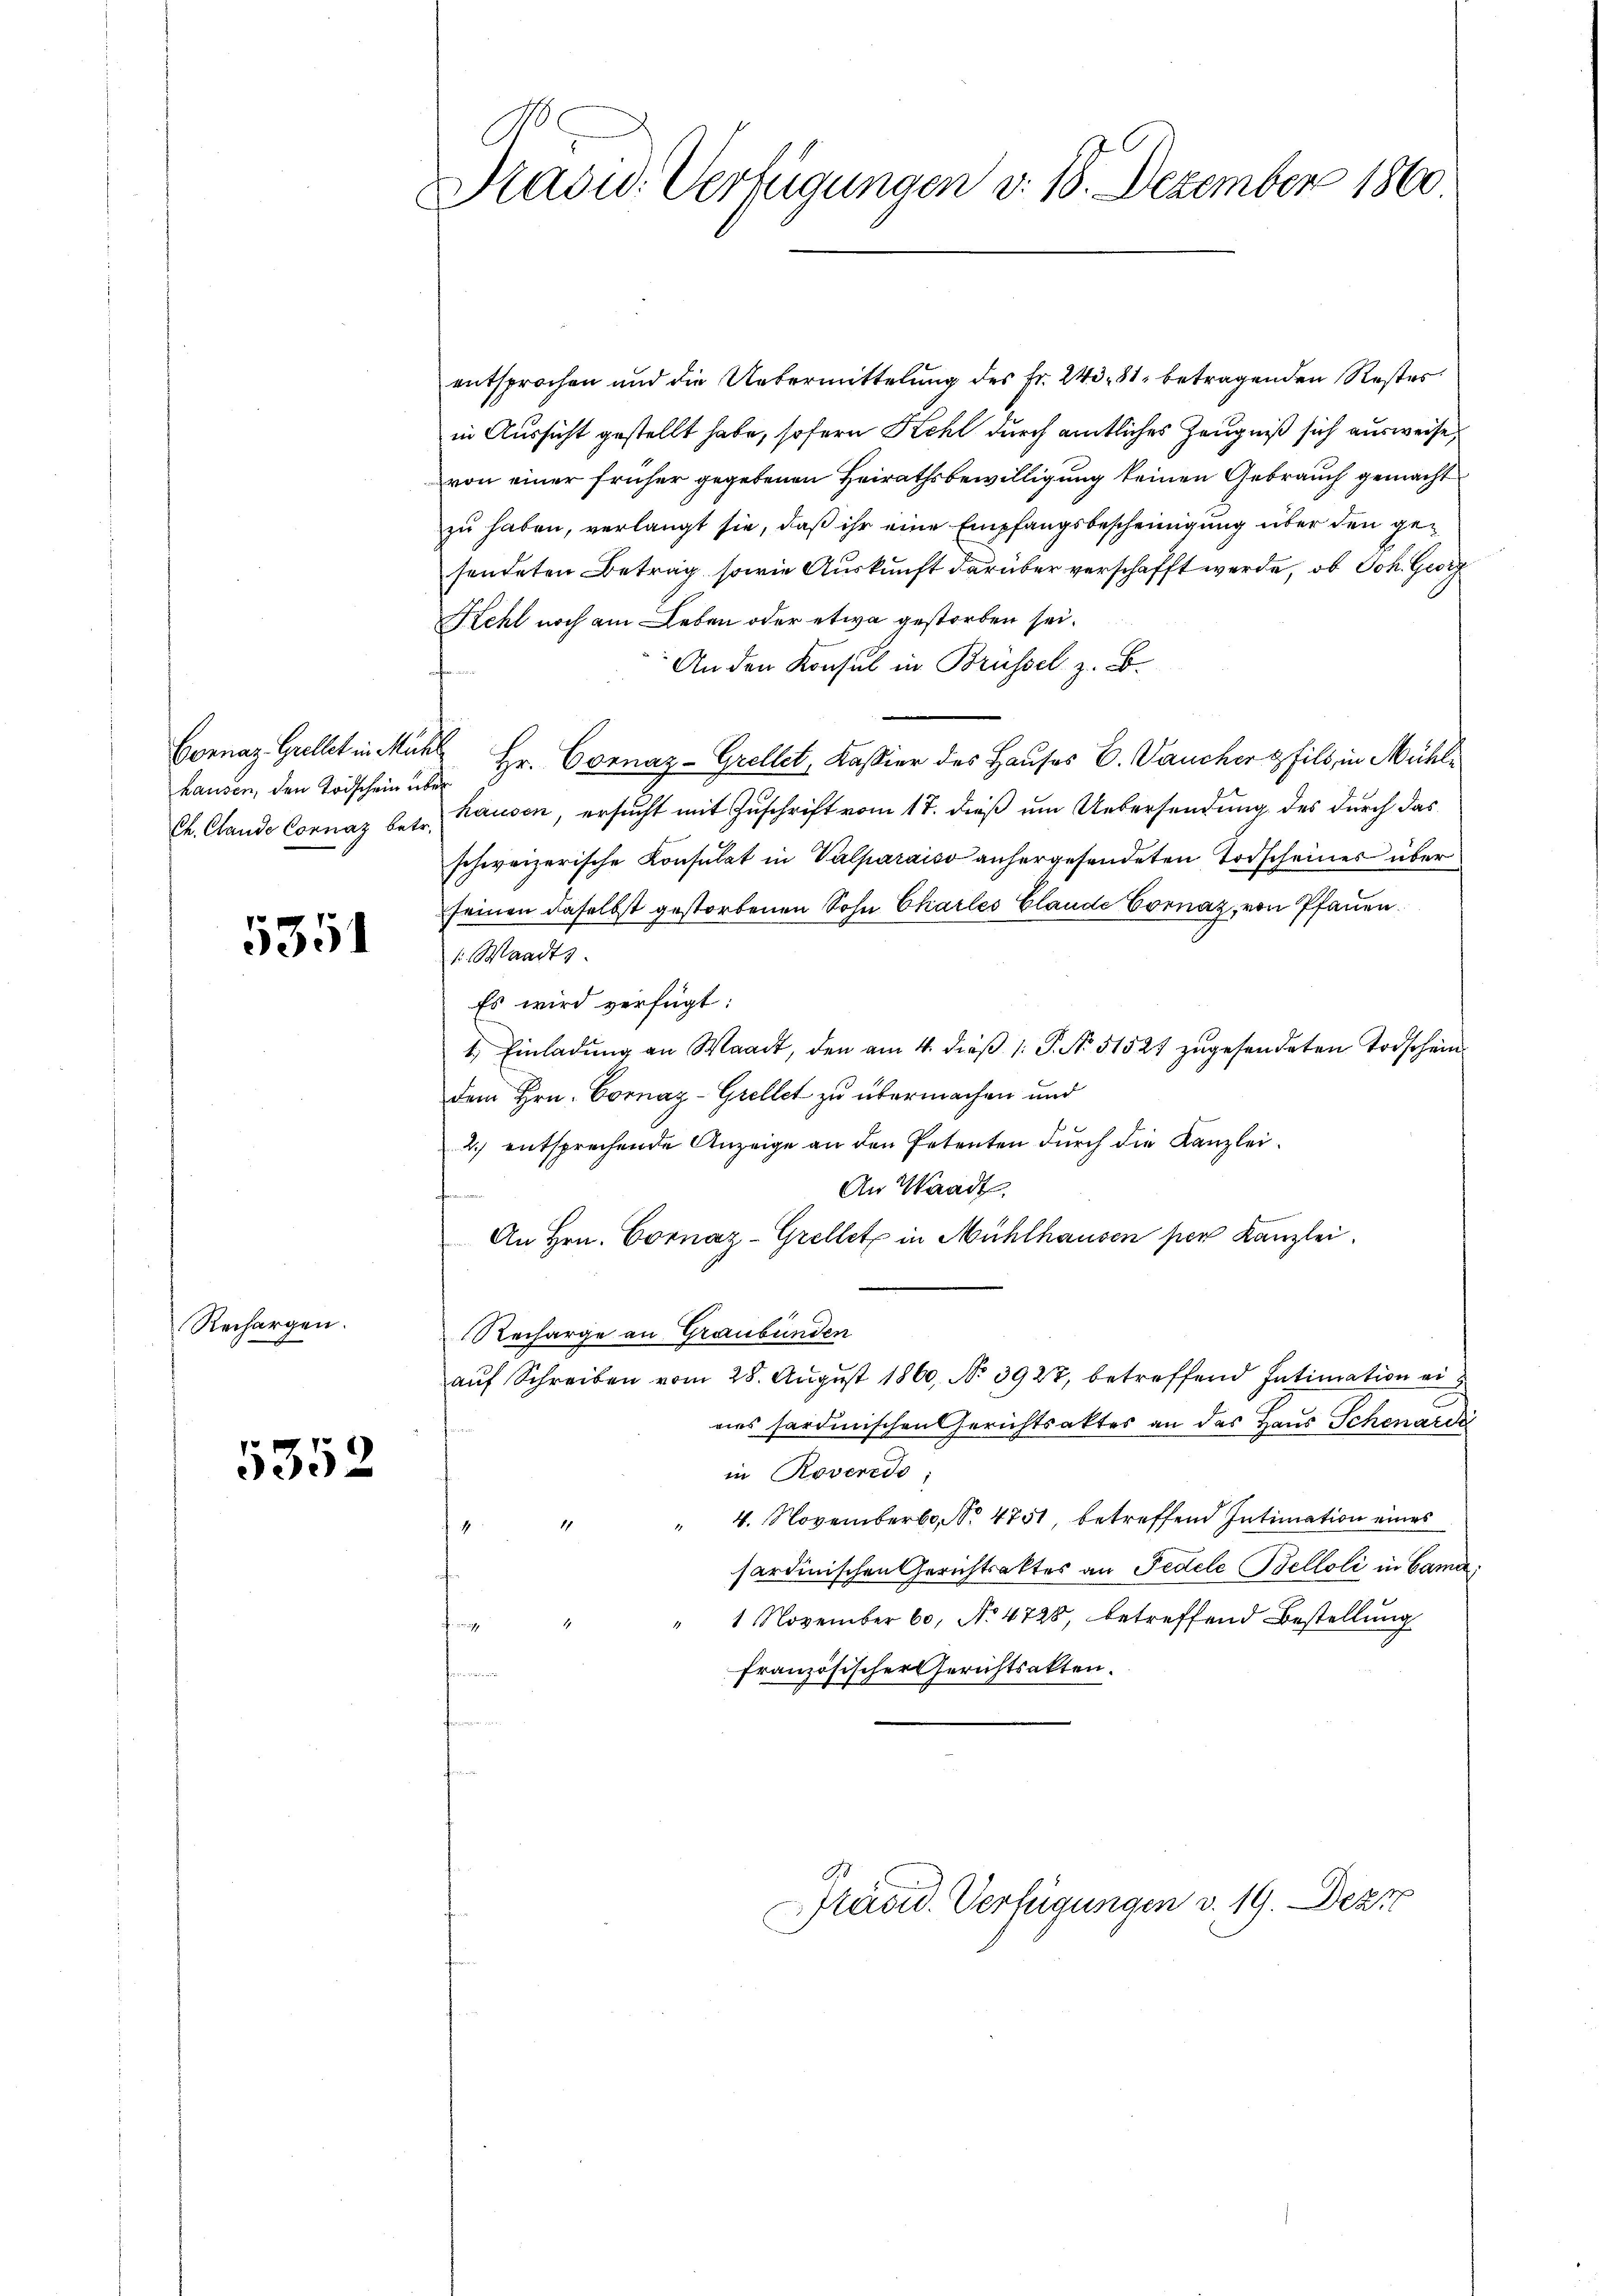
Cornaz Grellet in Müh
hausen, den Todschein übe
Ch. Stande Cornaz betr.

5351

Rechargen.
t

5352

Präsid. Verfügungen v. 18. Dezember 1860

entsprochen und die Uebermittelung des Fr. 243. 81 betragenden Restes
in Aussicht gestellt habe, sofern Kehl durch amtliches Zeugniß sich ausweise,
von einer früher gegebenen Heirathsbewilligung keinen Gebrauch gemacht
zu haben, verlangt sie, daß ihr eine Empfangsbescheinigung über den gesendeten Betrag, sowie Auskunft darüber verschafft werde, ob Joh. Geiz
Kehl noch am Leben oder etwa gestorben sei.
An den Konsul in Brüssel z. B.
 Hr. Cornaz-Grellet, Kassier des Hauses C. Dancher & fils, in Mühlhausen, ersucht mit Zuschrift vom 17. dieß um Uebersendung des durch das
schweizerische Consulat in Valparaiso anhergesendeten Todscheiner über
seinen daselbst gestorbenen Sohn Charles Claude Cornaz, von Pfauen.
k. Waadts.
Es wird verfügt:
1.) Einladung an Waadt, den am 4. dieß 1: P. No. 51527 zugesendeten Todschein
dem Hrn. Cornaz-Grellet zu übermachen und
2.) entsprechende Anzeige an den Petenten durch die Kanzlei¬
An Waadt
An Hrn. Cornaz-Grellet in Mühlhausen per Kanzlei.
Recharge an Graubünden
auf Schreiben vom 28. August 1860, No 3927, betreffend Intimation ei
eies sardinischen Gerichtsaktes an das Haus Schenardi
in Roveredo,
4. November, No 4751, betreffend Intimation eines
1
sardinischen Gerichtsaktes an Fedele Belloli in Came
1 November 60, No 4728, betreffend Bestellung
französischer Gerichtsakten.

Grund. Verfügungen v. 19. Dezt